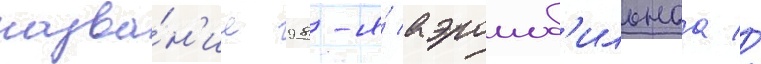
назва́н'ие 98-я́ аэромоб'ильнаа //